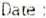
DATE: